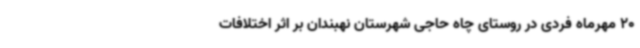
20 مهرماه فردی در روستای چاه حاجی شهرستان نهبندان بر اثر اختلافات